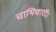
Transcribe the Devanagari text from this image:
चाभिचारी।